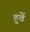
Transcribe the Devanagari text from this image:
हुवें